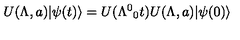
U ( \Lambda , a ) \vert \psi ( t ) \rangle = U ( \Lambda ^ { 0 } { } _ { 0 } t ) U ( \Lambda , a ) \vert \psi ( 0 ) \rangle